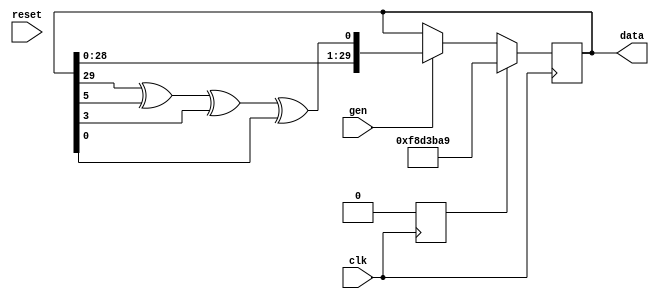
module thirty_bit_lfsr(data,
                       gen,
                       clk,
                       reset);

    output reg [29:0] data;
    input         gen, clk, reset;

    reg counter = 1;
    
    always@(posedge clk)
    begin
        if(counter == 1)
        begin
            data <= 30'hf8d3ba9;
            counter <= 0;
        end
        else if(gen)
        begin
            data <= {data[28:0], ((data[29] ^ data[5]) ^ data[3]) ^ data[0]};
            counter <= 0;
        end
    end
    
endmodule